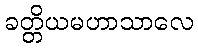
ခတ္တိယမဟာသာလေ